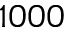
1 0 0 0